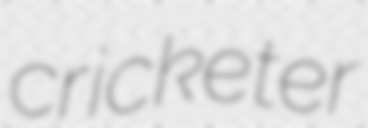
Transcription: cricketer